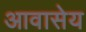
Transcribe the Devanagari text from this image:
आवासेय